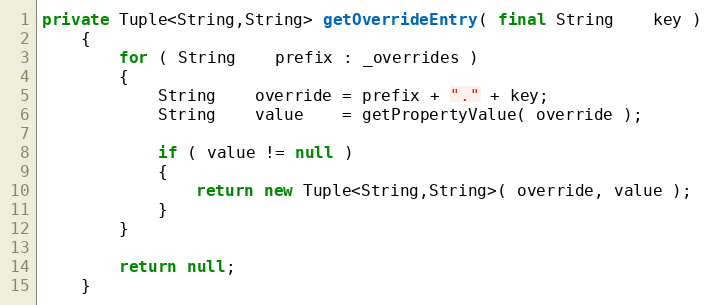
Language: Java
private Tuple<String,String> getOverrideEntry( final String    key )
    {
        for ( String    prefix : _overrides )
        {
            String    override = prefix + "." + key;
            String    value    = getPropertyValue( override );

            if ( value != null )
            {
                return new Tuple<String,String>( override, value );
            }
        }

        return null;
    }